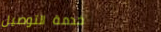
خدمة التوصيل